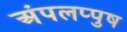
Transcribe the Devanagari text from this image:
अंपलप्पुष